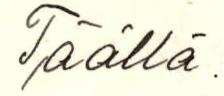
Täällä.